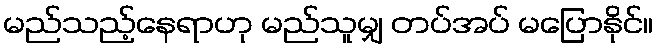
မည်သည့်နေရာဟု မည်သူမျှ တပ်အပ် မပြောနိုင်။